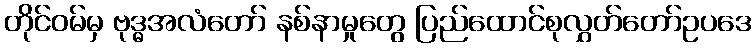
တိုင်ဝမ်မှ ဗုဒ္ဓအလံတော် နစ်နာမှုတွေ ပြည်ထောင်စုလွှတ်တော်ဥပဒေ